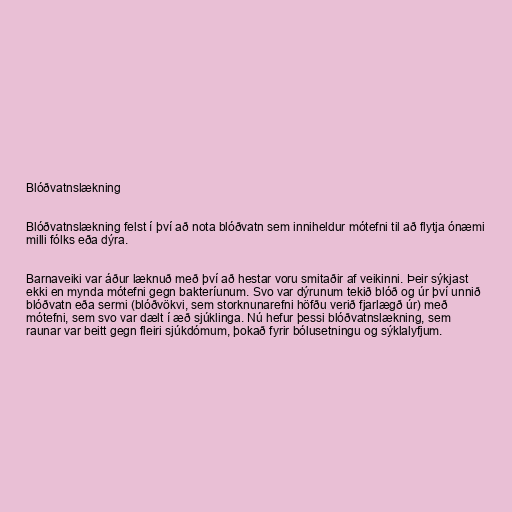
Blóðvatnslækning

Blóðvatnslækning felst í því að nota blóðvatn sem inniheldur mótefni til að flytja ónæmi
milli fólks eða dýra.

Barnaveiki var áður læknuð með því að hestar voru smitaðir af veikinni. Þeir sýkjast
ekki en mynda mótefni gegn bakteríunum. Svo var dýrunum tekið blóð og úr því unnið
blóðvatn eða sermi (blóðvökvi, sem storknunarefni höfðu verið fjarlægð úr) með
mótefni, sem svo var dælt í æð sjúklinga. Nú hefur þessi blóðvatnslækning, sem
raunar var beitt gegn fleiri sjúkdómum, þokað fyrir bólusetningu og sýklalyfjum.